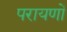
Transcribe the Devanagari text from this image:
परायणों